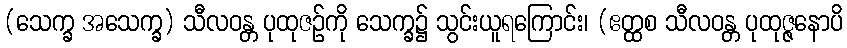
(သေက္ခ အသေက္ခ) သီလဝန္တ ပုထုဇဉ်ကို သေက္ခ၌ သွင်းယူရကြောင်း၊ (ဧတ္ထစ သီလဝန္တ ပုထုဇ္ဇနောပိ